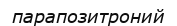
парапозитроний